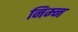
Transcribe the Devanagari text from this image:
निम्‍न